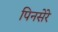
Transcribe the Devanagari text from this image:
पिनसेरे